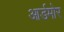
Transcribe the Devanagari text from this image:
आर्डमोर